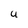
Character: u